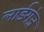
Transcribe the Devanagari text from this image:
लार्डगंज